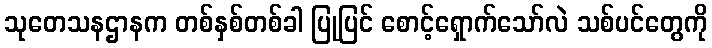
သုတေသနဌာနက တစ်နှစ်တစ်ခါ ပြုပြင် စောင့်ရှောက်သော်လဲ သစ်ပင်တွေကို